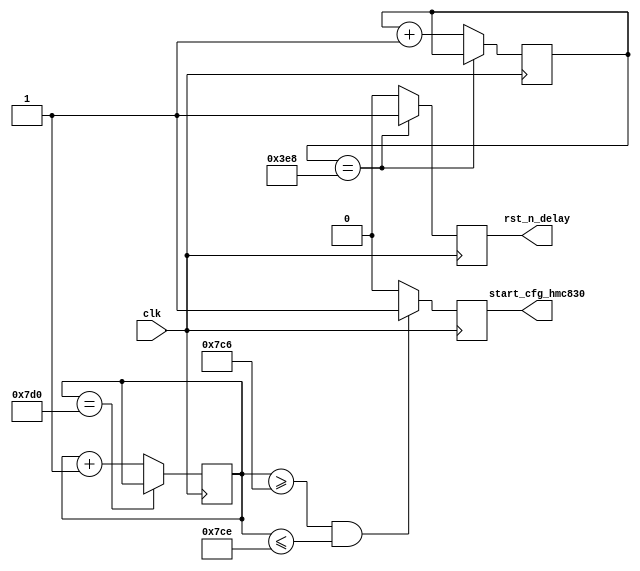
`timescale 1ns / 1ps
//////////////////////////////////////////////////////////////////////////////////
// Company: 
// Engineer: 
// 
// Design Name: 
// Module Name: hmc830_ctrl
// Project Name: 
// Target Devices: 
// Tool Versions: 
// Description: 
// 
// Dependencies: 
// 
// Revision:
// Revision 0.01 - File Created
// Additional Comments:
// 
//////////////////////////////////////////////////////////////////////////////////


module hmc830_ctrl(

    input wire clk,
    
    output wire rst_n_delay,
    output wire start_cfg_hmc830

    );
    
    //power on 2s start cfg hmc830
    
    parameter TIME_2S = 32'd2000;
	
	
	
    reg [15:0] delay_cnt = 16'd0;
    reg rst_n_delay_r = 1'b0;
    
    always @ (posedge clk)
    begin 
        if(delay_cnt == 16'd1000)
            begin 
                delay_cnt <= delay_cnt;
                rst_n_delay_r <= 1'b1;
            end 
        else 
            begin 
                delay_cnt <= delay_cnt + 1'b1 ;
                rst_n_delay_r <= 1'b0;
            end 
    end 
    
    assign rst_n_delay = rst_n_delay_r;
    
    
    
    reg [31:0] delay_time_cnt = 32'd0; // 2s   10 000 000
    reg start_cfg_hmc830_r = 1'b0;
    
    always @ (posedge clk)
    begin 
        if(delay_time_cnt == TIME_2S)
            begin 
                delay_time_cnt <= delay_time_cnt;
            end 
        else 
            begin 
                delay_time_cnt <= delay_time_cnt + 1'b1 ;
            end 
    end 
    
    always @ (posedge clk)
    begin 
        if((delay_time_cnt >= (TIME_2S - 10)) && (delay_time_cnt <= (TIME_2S - 2)))
            begin 
                start_cfg_hmc830_r <= 1'b1;
            end 
        else 
            begin 
                start_cfg_hmc830_r <= 1'b0;
            end 
    end 
    
    
    assign start_cfg_hmc830 = start_cfg_hmc830_r;
    
    
    
    
endmodule